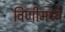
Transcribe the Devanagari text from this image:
विणीमध्ये